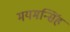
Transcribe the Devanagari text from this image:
मयमन्सिंह